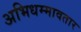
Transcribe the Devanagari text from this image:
अभिधम्मावतार